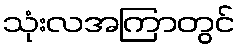
သုံးလအကြာတွင်